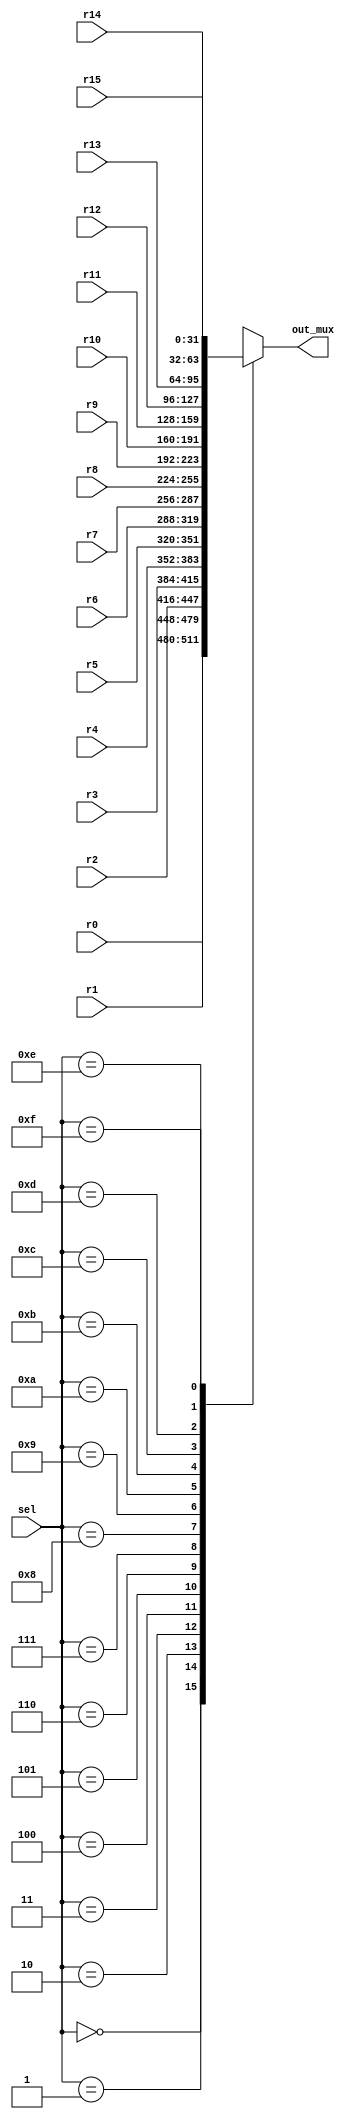
// Mux for register bank: 32 bits 16 X 1 mux 
module mux(out_mux, sel,r0, r1, r2, r3, r4, r5, r6 ,r7, r8, r9, r10, r11, r12, r13, r14, r15);
input [3:0] sel;
input [31:0] r0, r1, r2, r3, r4, r5, r6 ,r7, r8, r9, r10, r11, r12, r13, r14, r15;
output reg [31:0] out_mux;

always @*
begin 
	case(sel)
	4'b0000 : out_mux= r0;
	4'b0001 : out_mux= r1;
	4'b0010 : out_mux= r2;
	4'b0011 : out_mux= r3;
	4'b0100 : out_mux= r4;
	4'b0101 : out_mux= r5;
	4'b0110 : out_mux= r6;
	4'b0111 : out_mux= r7;
	4'b1000 : out_mux= r8;
	4'b1001 : out_mux= r9;
	4'b1010 : out_mux= r10;
	4'b1011 : out_mux= r11;
	4'b1100 : out_mux= r12;
	4'b1101 : out_mux= r13;
	4'b1110 : out_mux= r14;
	4'b1111 : out_mux= r15;
	default: out_mux=0;
	endcase
end 
endmodule